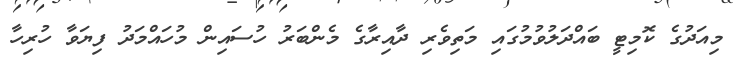
މިއަދުގެ ކޮމިޓީ ބައްދަލުވުމުގައި މަތިވެރި ދާއިރާގެ މެންބަރު ހުސައިން މުހައްމަދު ފިޔަވާ ހުރިހާ